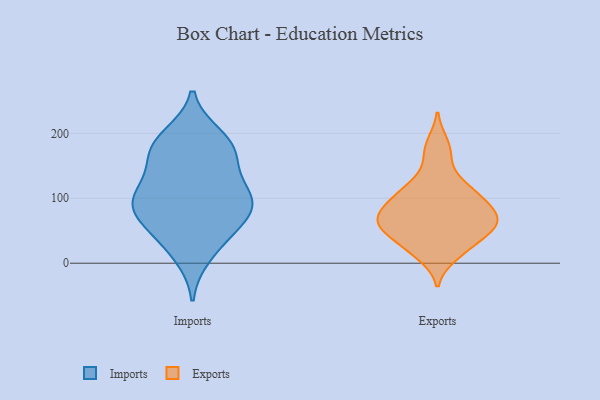
{"axis": {"x": "Revenue (USD Million)", "y": "Value"}, "legend": ["Exports", "Imports"], "data": [{"x": "", "y": 94, "type": "Imports"}, {"x": "", "y": 80, "type": "Imports"}, {"x": "", "y": 89, "type": "Imports"}, {"x": "", "y": 44, "type": "Imports"}, {"x": "", "y": 152, "type": "Imports"}, {"x": "", "y": 195, "type": "Imports"}, {"x": "", "y": 107, "type": "Imports"}, {"x": "", "y": 175, "type": "Imports"}, {"x": "", "y": 44, "type": "Imports"}, {"x": "", "y": 12, "type": "Imports"}, {"x": "", "y": 181, "type": "Imports"}, {"x": "", "y": 94, "type": "Imports"}, {"x": "", "y": 82, "type": "Imports"}, {"x": "", "y": 126, "type": "Imports"}, {"x": "", "y": 179, "type": "Imports"}, {"x": "", "y": 60, "type": "Exports"}, {"x": "", "y": 57, "type": "Exports"}, {"x": "", "y": 119, "type": "Exports"}, {"x": "", "y": 87, "type": "Exports"}, {"x": "", "y": 184, "type": "Exports"}, {"x": "", "y": 111, "type": "Exports"}, {"x": "", "y": 119, "type": "Exports"}, {"x": "", "y": 85, "type": "Exports"}, {"x": "", "y": 81, "type": "Exports"}, {"x": "", "y": 57, "type": "Exports"}, {"x": "", "y": 64, "type": "Exports"}, {"x": "", "y": 12, "type": "Exports"}, {"x": "", "y": 25, "type": "Exports"}, {"x": "", "y": 58, "type": "Exports"}, {"x": "", "y": 24, "type": "Exports"}, {"x": "", "y": 164, "type": "Exports"}, {"x": "", "y": 50, "type": "Exports"}, {"x": "", "y": 92, "type": "Exports"}]}